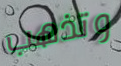
وتذهب